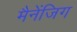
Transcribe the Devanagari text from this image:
मैनेंजिग